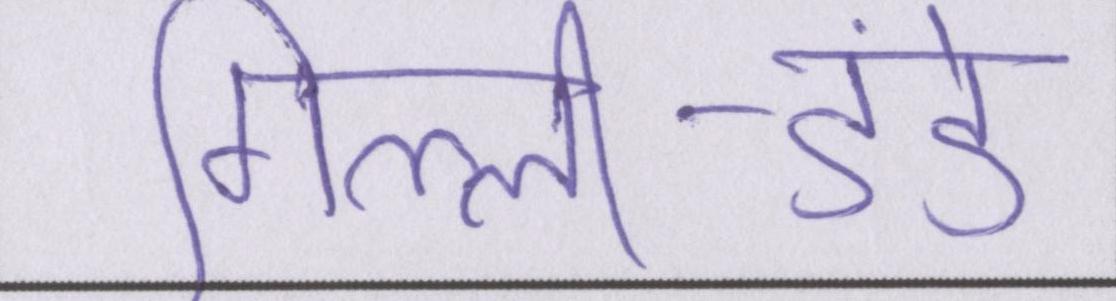
गिल्ली-डंडे